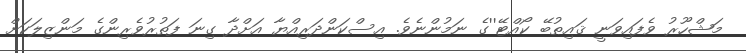
މަޝްހޫރު ވެފައިވަނީ ޤައިޠުބޭ ކޯއްޓޭ''ގެ ނަމުންނެވެ. އިސްކަންދަރިއްޔާ އަށްދާ ގިނަ ފަތުރުވެރިންގެ މަންޒިލަކަށް